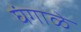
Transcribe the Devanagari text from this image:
घंगाळे